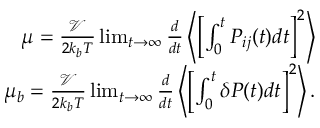
\begin{array} { r } { \mu = \frac { \mathcal { V } } { 2 k _ { b } T } \operatorname* { l i m } _ { t \to \infty } \frac { d } { d t } \left\langle \left[ \int _ { 0 } ^ { t } P _ { i j } ( t ) d t \right] ^ { 2 } \right\rangle } \\ { \mu _ { b } = \frac { \mathcal { V } } { 2 k _ { b } T } \operatorname* { l i m } _ { t \to \infty } \frac { d } { d t } \left\langle \left[ \int _ { 0 } ^ { t } \delta P ( t ) d t \right] ^ { 2 } \right\rangle . } \end{array}